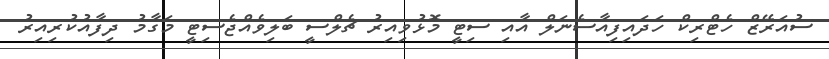
ސުއަރޭޒް ހެޓްރިކް ހަދައިފިއާސެނަލް އާއި ސިޓީ މޮޅުވިއިރު ޗެލްސީ ބަލިވެއްޖެސިޓީ މަގާމު ދިފާއުކުރިއިރު